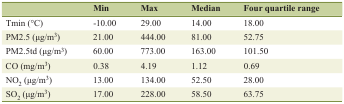
|  | Min | Max | Median | Four quartile range |
 | --- | --- | --- | --- | --- |
 | Tmin (°C) | -10.00 | 29.00 | 14.00 | 18.00 |
 | PM2.5 (μg/m3) | 21.00 | 444.00 | 81.00 | 52.75 |
 | PM2.5td (μg/m3) | 60.00 | 773.00 | 163.00 | 101.50 |
 | CO (mg/m3) | 0.38 | 4.19 | 1.12 | 0.69 |
 | NO2 (μg/m3) | 13.00 | 134.00 | 52.50 | 28.00 |
 | SO2 (μg/m3) | 17.00 | 228.00 | 58.50 | 63.75 |